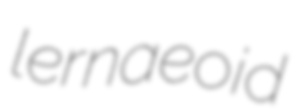
lernaeoid